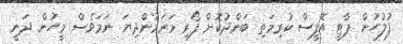
ފުލުހުން ޕާޓީ އޮފީސް ކުރިމަތި ބަންދުކޮށް ފޯރި މަރަމުންދިޔަ ނަމަވެސް މީހުން ދަނީ